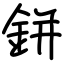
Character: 鉼